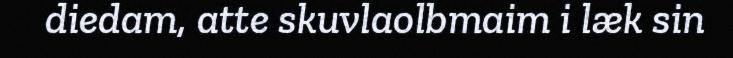
diedam, atte skuvlaolbmaim i læk sin